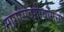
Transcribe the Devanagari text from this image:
मागासवर्गीयांमध्ये